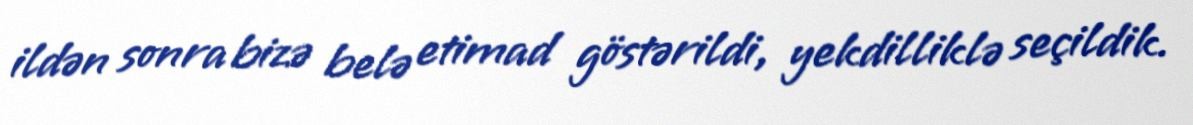
ildən sonra bizə belə etimad göstərildi, yekdilliklə seçildik.